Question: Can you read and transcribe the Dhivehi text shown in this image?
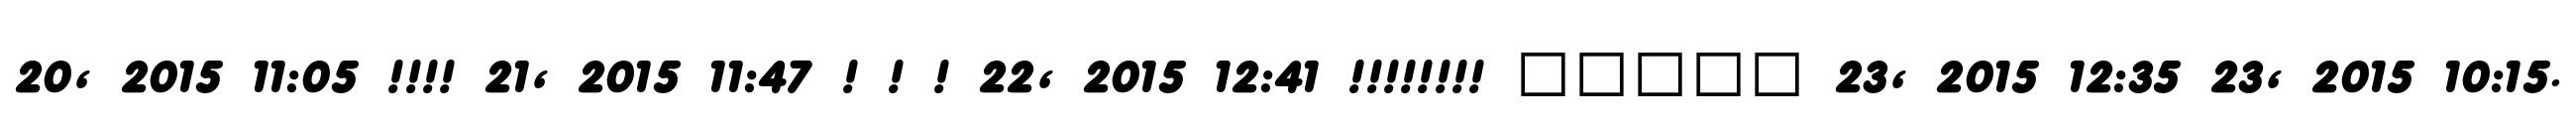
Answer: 20, 2015 11:05 !!!! 21, 2015 11:47 ! ! ! 22, 2015 12:41 !!!!!!!! ????? 23, 2015 12:35 23, 2015 10:15.